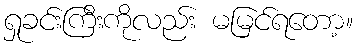
ရှုခင်းကြီးကိုလည်း မမြင်ရတော့။